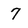
Character: 7